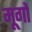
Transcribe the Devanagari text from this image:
मूगों